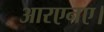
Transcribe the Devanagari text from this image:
आरएनए।